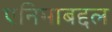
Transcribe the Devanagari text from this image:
एनिमाबद्दल